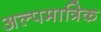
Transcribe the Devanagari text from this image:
अल्पमात्रिक